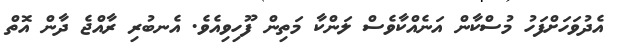
އެދުވަހަށްފަހު މުސްކާން އަނެއްކާވެސް ލަންކާ މަތިން ފޫހިވިއެވެ. އެނބުރި ރާއްޖެ ދާން އޮތް